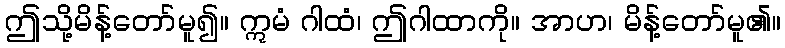
ဤသို့မိန့်တော်မူ၍။ ဣမံ ဂါထံ၊ ဤဂါထာကို။ အာဟ၊ မိန့်တော်မူ၏။